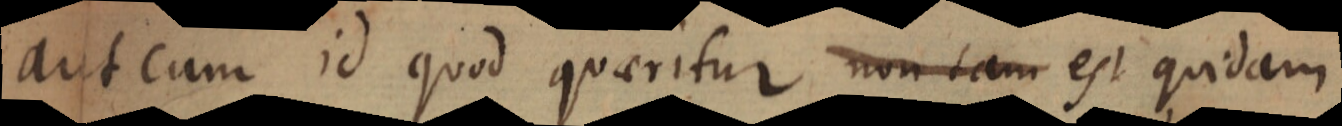
aut cum id quod quaeritur non tam est quidam